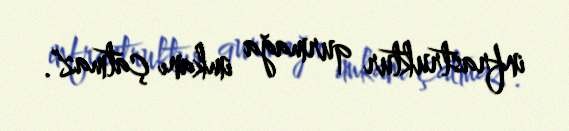
infrastruktur qurmağa imkanı çatmaz".